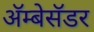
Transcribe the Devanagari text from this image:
अॅम्बेसॅडर